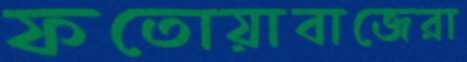
ফতোয়াবাজেরা